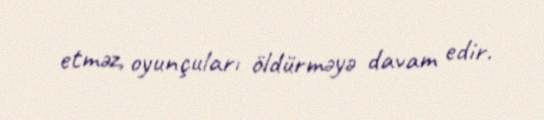
etməz, oyunçuları öldürməyə davam edir.